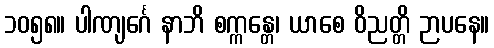
၁၀၅၈။ ပါဏျင်္ဂေ နာဘိ စက္ကန္တေ၊ ယာစေ ဝိညတ္တိ ဉာပနေ။